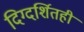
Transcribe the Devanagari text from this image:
दिग्दर्शितही